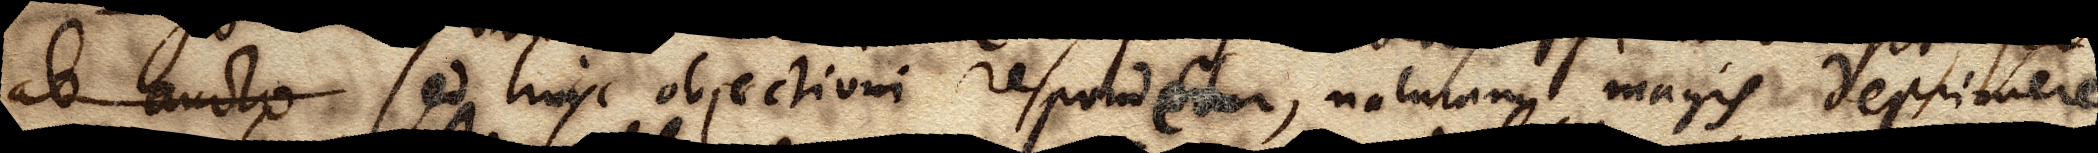
ab aucto Sed huic objectioni respondetur, naturam magis deprimere